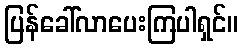
ပြန်ခေါ်လာပေးကြပါရှင်။